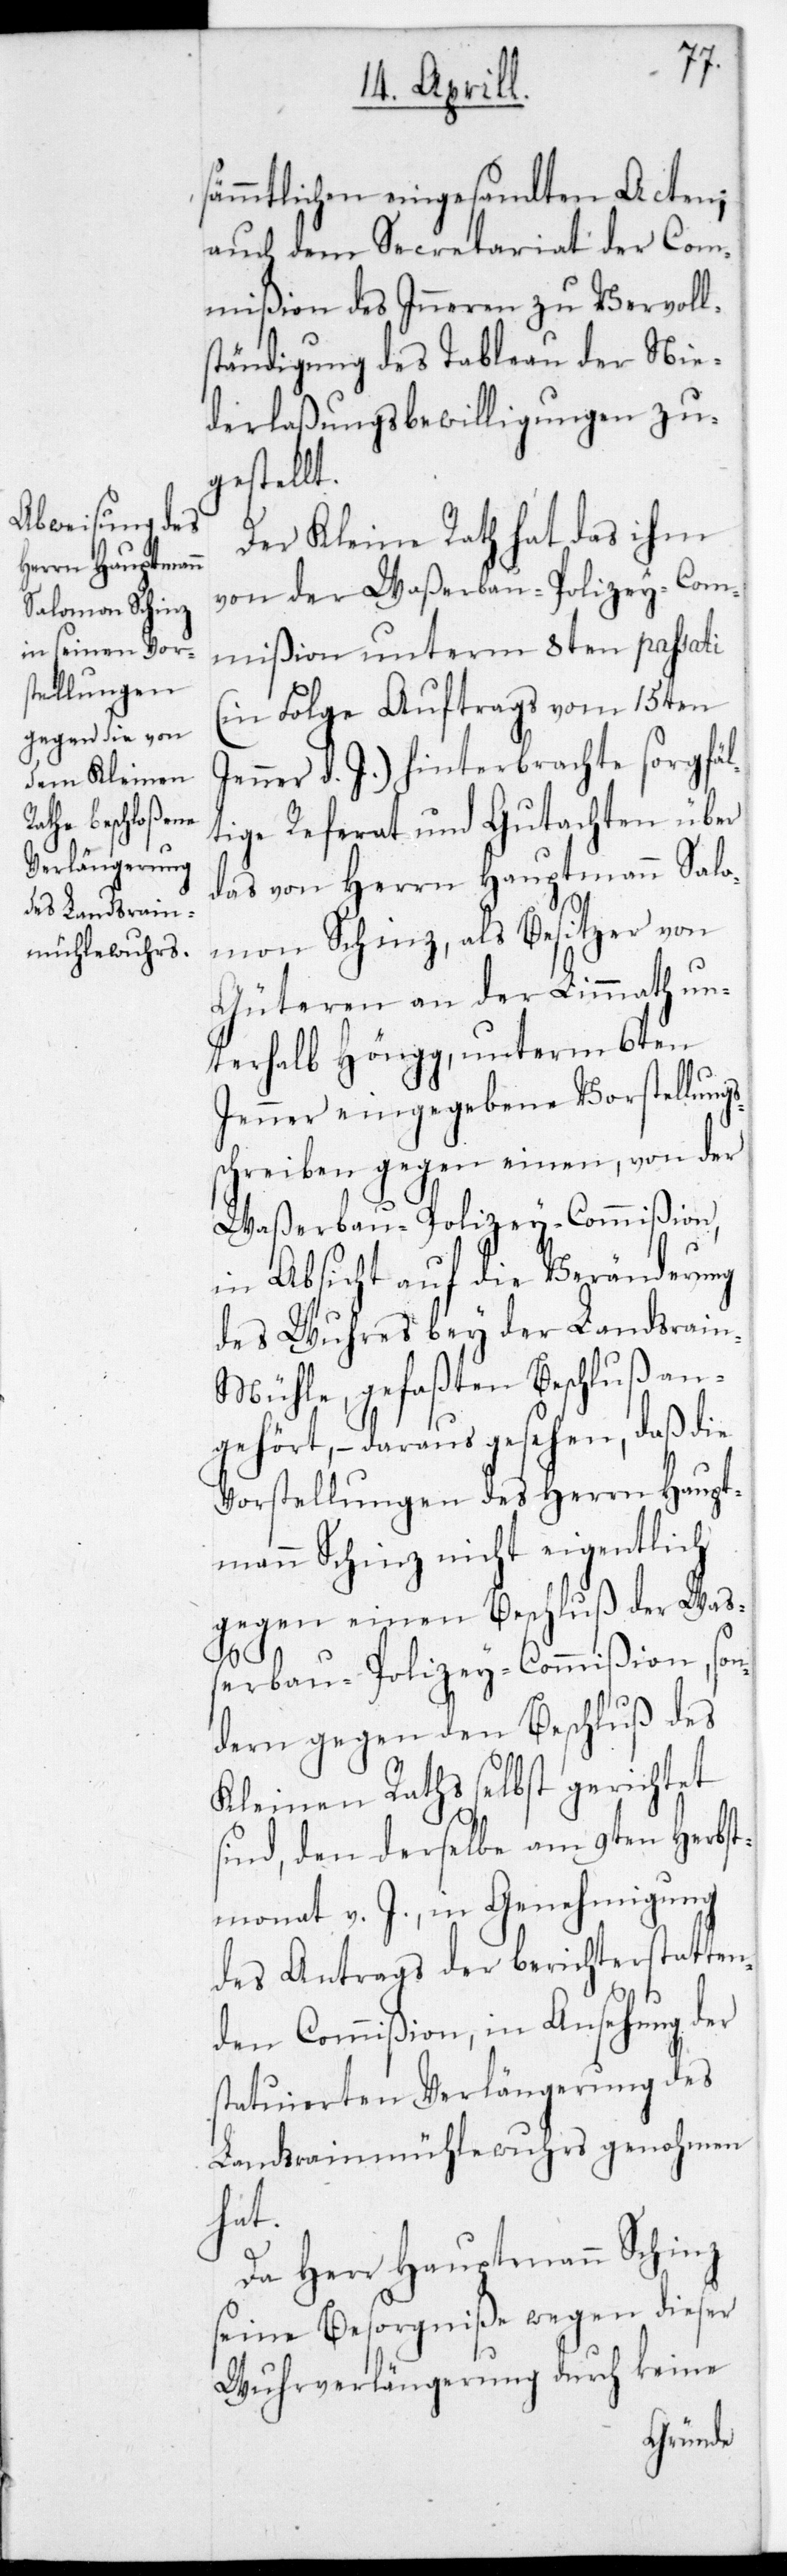
sämmtlichen eingesandten Acten;
auch dem Secretariat der Com¬
mißion des Inneren zu Vervoll¬
tändigung des Tableau der Nie¬
derlaßungsbewilligungen zu¬
gestellt.
Der Kleine Rath hat das ihm
von der Waßerbaupolizey-Com¬
mißion unterm 8ten passati
(in Folge Auftrags vom 15ten
Jenner d. J.) hinterbrachte sorgfäl¬
tige Referath und Gutachten über
das von Herrn Hauptmann Salo¬
mon Schinz, als Besitzer von
Güteren an der Limmat un¬
terhalb Höngg, unterm 6ten
Jenner eingegebene Vorstellungs¬
schreiben gegen einen, von der
Waßerbau-Polizey-Commißion,
in Absicht auf die Veränderung
des Wuhres bey der Landsrainm¬
ühle, gefaßten Beschluß an¬
gehört, – daraus gesehen, daß die
Vorstellungen des Herrn Haupt¬
mann Schinz nicht eigentlich
gegen einen Beschluß der Waß¬
s¬
erbau-Polizey-Commißion, son¬
dern gegen den Beschluß des
Kleinen Raths selbst gerichtet
sind, den derselbe am 9ten Herbst¬
monat v. J. in Genehmigung
des Antrags der berichterstatten¬
den Commißion, in Ansehung der
statuierten Verlängerung des
Landsrainmühlewuhrs genohmen
hat.
Da Herr Hauptmann Schinz
seine Besorgniße wegen dieser
Wuhrverlängerung durch keine